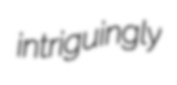
intriguingly